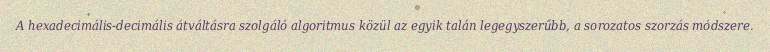
A hexadecimális-decimális átváltásra szolgáló algoritmus közül az egyik talán legegyszerűbb, a sorozatos szorzás módszere.